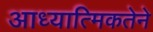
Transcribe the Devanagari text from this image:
आध्यात्मिकतेने